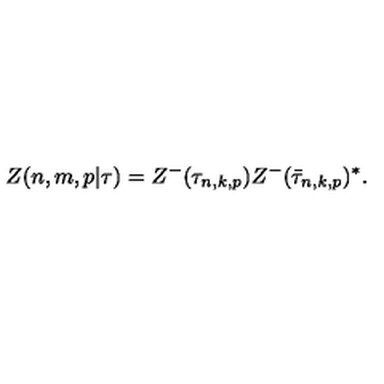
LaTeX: Z ( n , m , p | \tau ) = Z ^ { - } ( \tau _ { n , k , p } ) Z ^ { - } ( \bar { \tau } _ { n , k , p } ) ^ { * } .